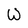
Character: W